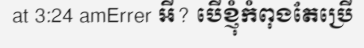
at 3:24 amErrer អី? បើខ្ញុំកំពុងតែប្រើ